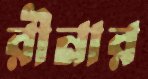
রীনার